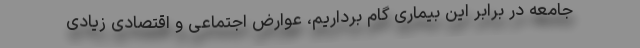
جامعه در برابر این بیماری گام برداریم، عوارض اجتماعی و اقتصادی زیادی